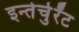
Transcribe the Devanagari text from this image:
इन्तेर्चुर्रेंट